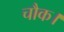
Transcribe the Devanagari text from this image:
चौक।